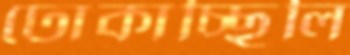
ঢোকাচ্ছিলি